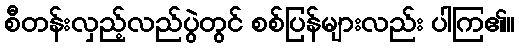
စီတန်းလှည့်လည်ပွဲတွင် စစ်ပြန်များလည်း ပါကြ၏။